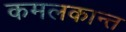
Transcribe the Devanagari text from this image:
कमलकान्त